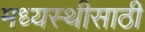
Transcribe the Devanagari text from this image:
मध्यस्थीसाठी